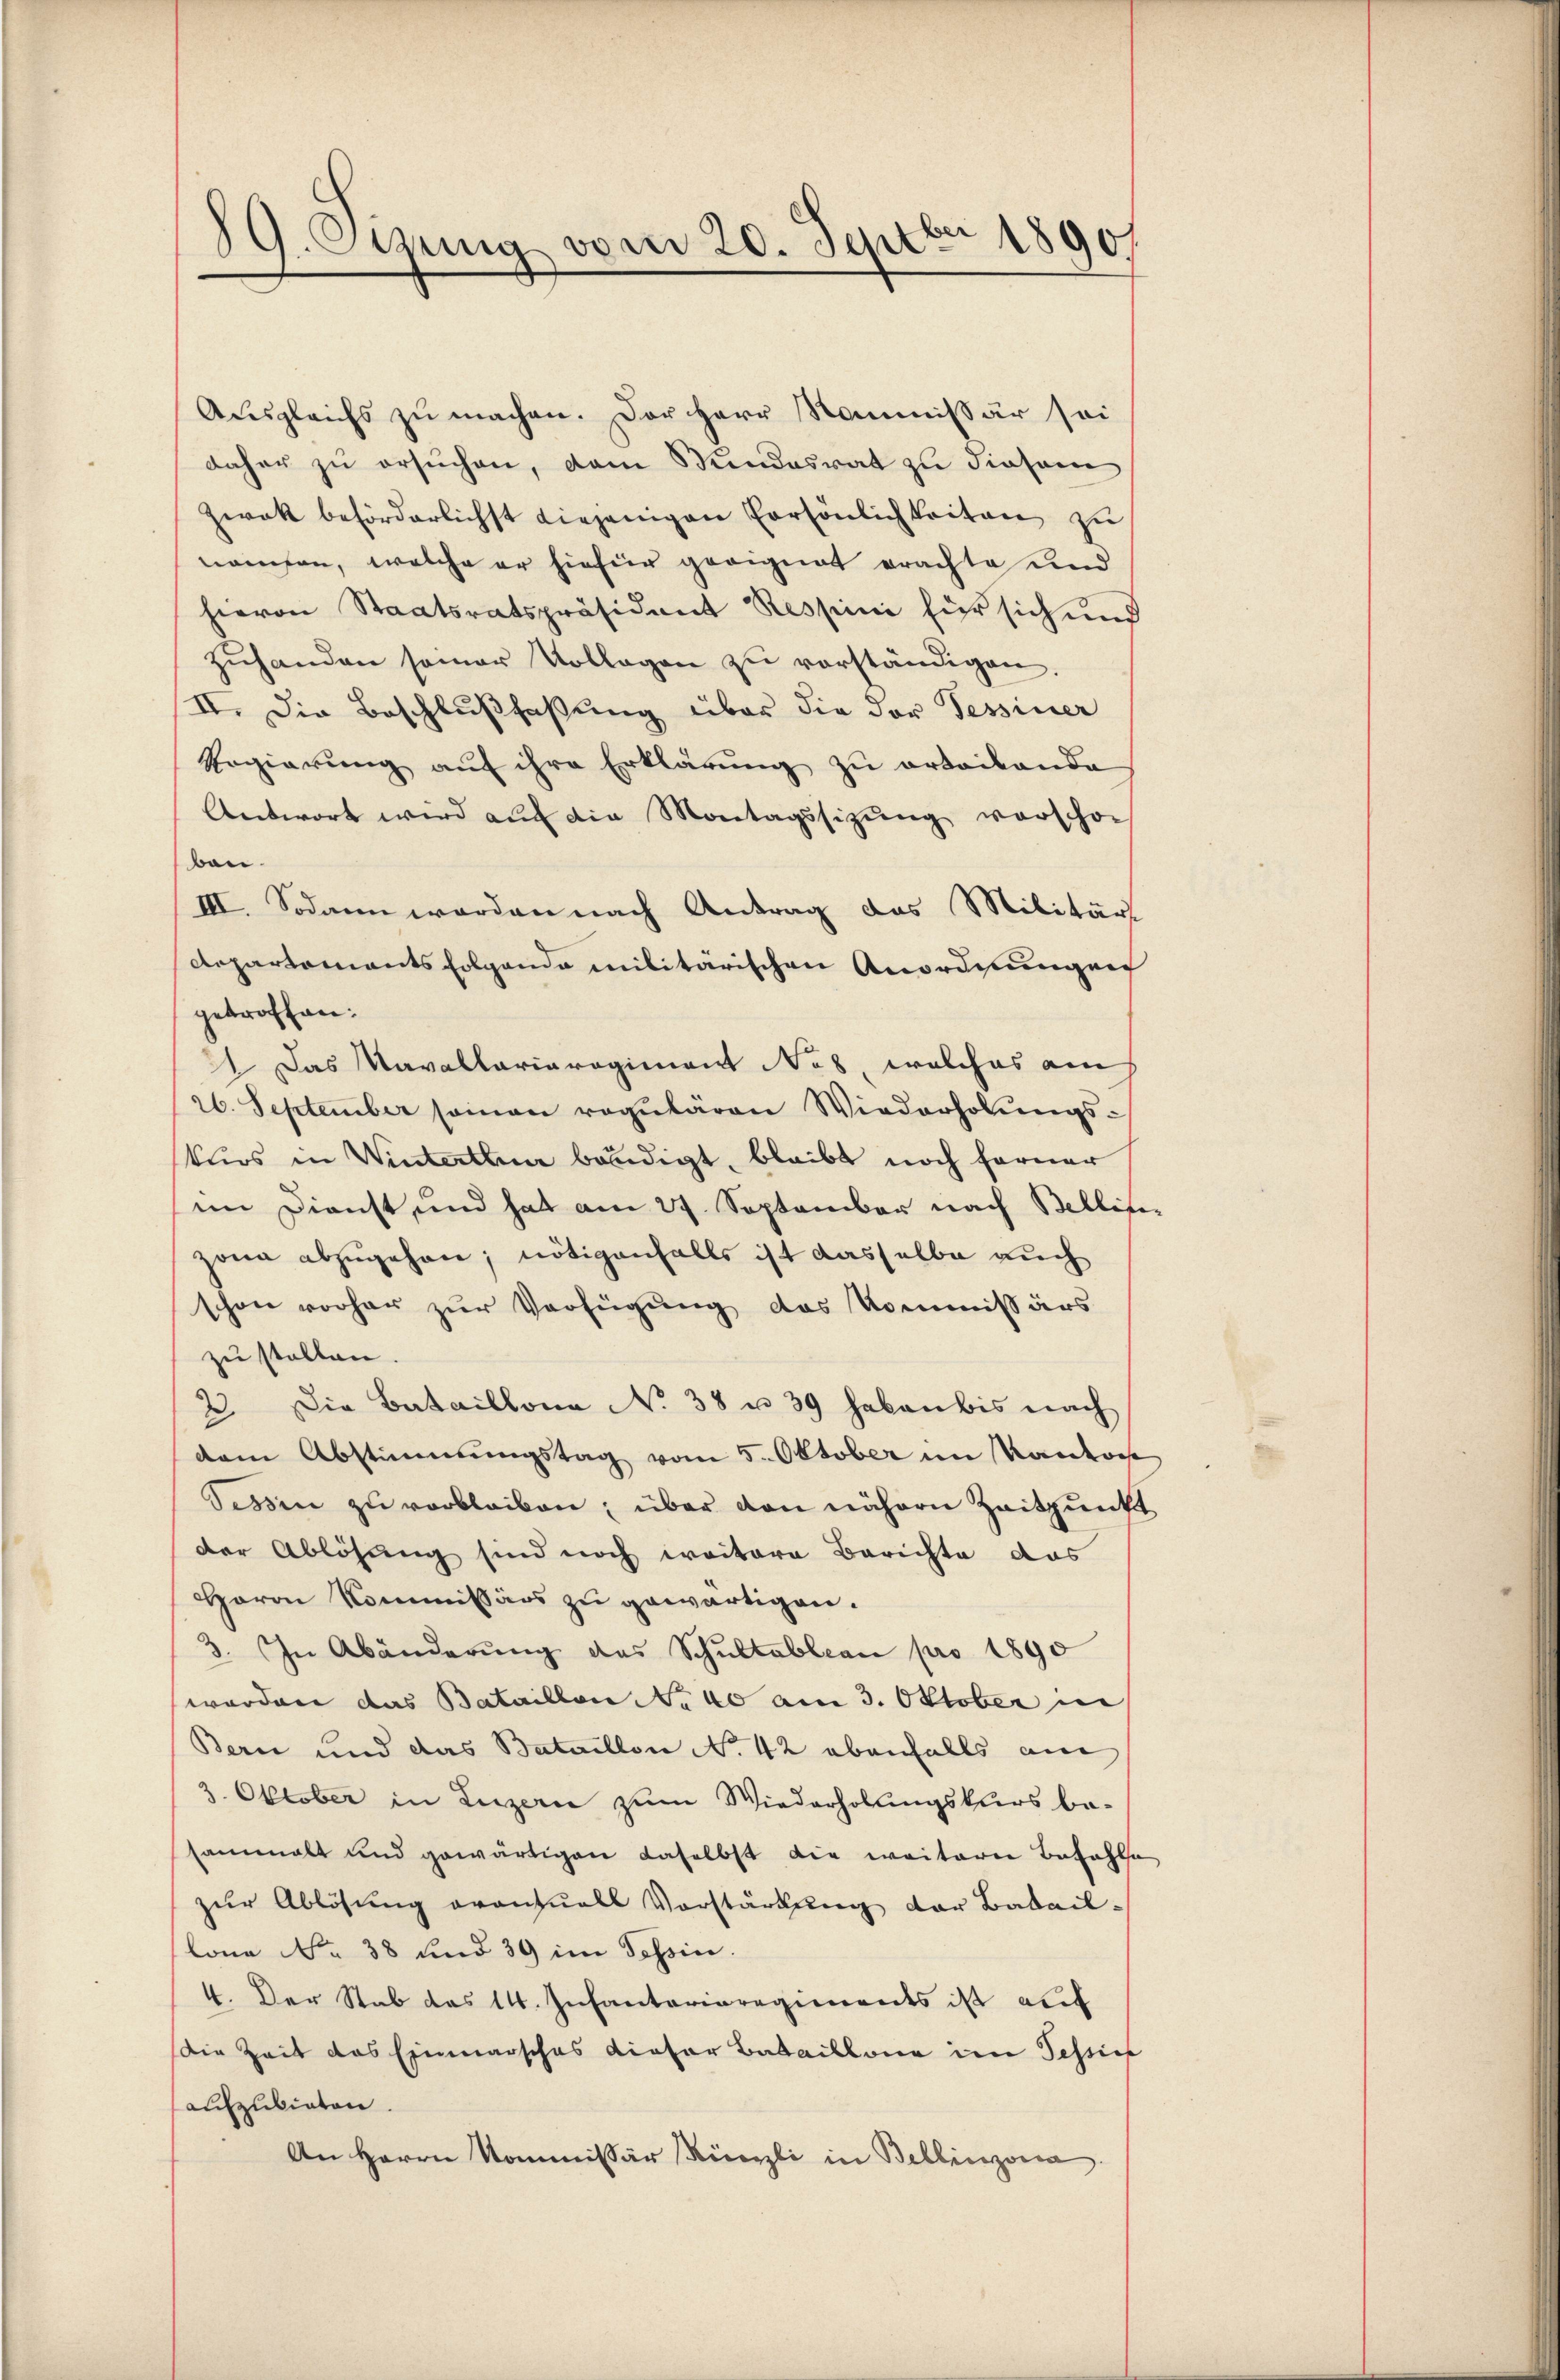
89. Ozung vom 20. Septbr 1890

Ausgleichs zu machen. Der Herr Kommissär sei
daher zu ersuchen, dem Kundesrat zu diesem
zwek beförderlichst diejenigen Persönlichkeiten zu
namsen, welche er hiefür geeignet erachte und
hievon Staatsratspräsident Respini für sich und
zŭhanden semar Vollegen zŭ verständigen.
II. Die Beschlußfaßung über die der Tessiner
Regierung auf ihre Erklärung zu ertailande
Antwort wird auf die Montagssizung vorschon
bon.
III. Sodann werden nach Antrag das Militär
departements folgende militärischen Anordnungen
getroffen:
21. Das Mavallariarogiment Nas, welches am
26. September seinen regulären Wiederholungskurs in Winterthun bändigt, bleibt noch ferner
im Dienst und hat am 27. September nach Belliser
zona abzugehen; nötigenfalls ist dasselbe auch
schon vorher zur Verfügung das Kommissärs
zu stellen.
2. Die Bataillona No 38 u. 39 haben bis nach
dem Abstimmungstag vom 5. Oktober im Rando
Tessin zu verbleiben, über den nähern Zeitpunkt
der Ablösung sind noch weitere Berichte das
Haron Kommissärs zu gewärtigen.
3. In Abänderŭng das Schŭltableau pro 1890
worden das Bataillon No 40 am 3. Oktober in
Bern und das Bataillon No 42 ebenfalls am
2. Oktober in Luzern zum Wiederholungskurs be-
sammelt und gewärtigen daselbst die weiterer Bezahle
zŭr Ablösung eventuell Vorstärkung der Batail-
lona No. 38 und 39 im Tessin.
4. Der Stab das 14. Infanterieregiments ist auf
Die Zeit das Einmarsches dieser Bataillone im Tessin
aufzubieten.
An Herrn Kommissär Kürzli in Bellinzona